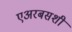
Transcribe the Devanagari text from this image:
एअरबसशी